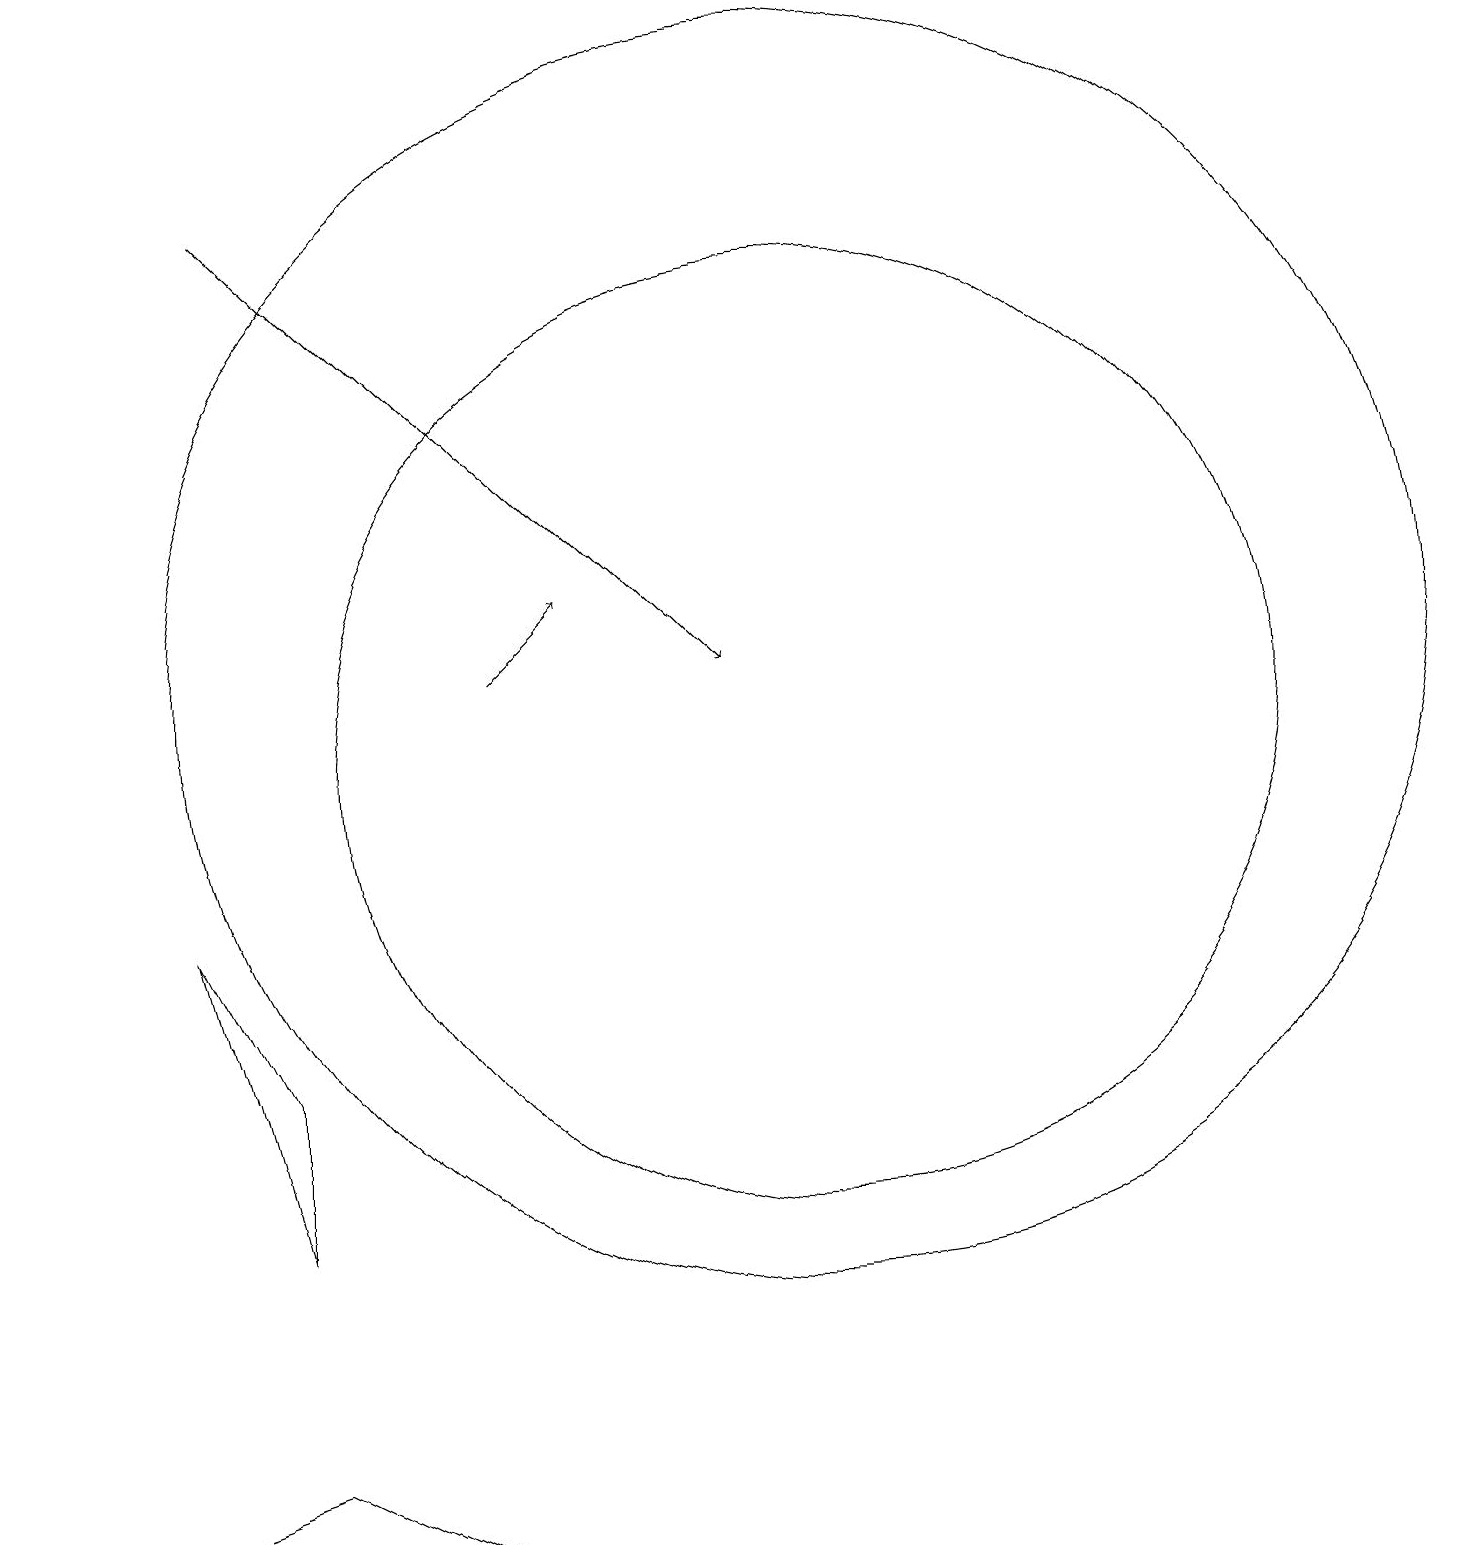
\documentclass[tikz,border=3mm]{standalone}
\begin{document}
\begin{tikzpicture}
\draw[->] (3,18) -- (9,12);
\draw (10,12) circle (8);
\draw[->] (6,12) -- (7,13);
\draw (10,11) circle (6);
\draw (3,2) -- (5,1) -- (0,1) -- cycle;
\draw (2,9) -- (3,7) -- (3,5) -- cycle;
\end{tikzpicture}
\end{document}